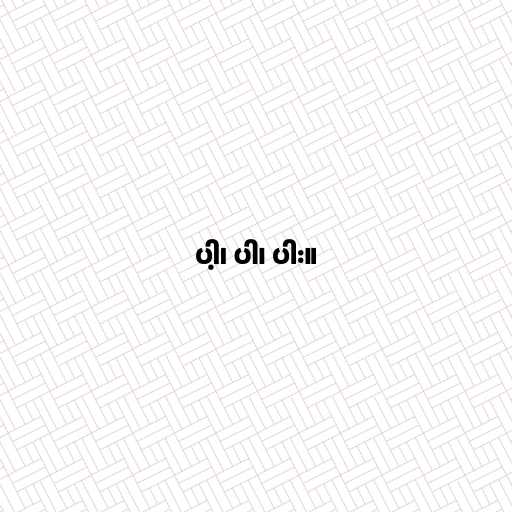
ပါ့၊ ပါ၊ ပါး။